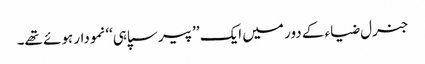
جنرل ضیاء کے دور میں ایک ’’پیرسپاہی‘‘ نمودار ہوئے تھے۔